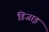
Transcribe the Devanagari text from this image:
डिजाइ